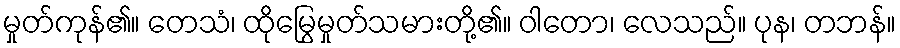
မှုတ်ကုန်၏။ တေသံ၊ ထိုမြွေမှုတ်သမားတို့၏။ ဝါတော၊ လေသည်။ ပုန၊ တဘန်။